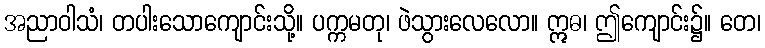
အညာဝါသံ၊ တပါးသောကျောင်းသို့။ ပက္ကမတု၊ ဖဲသွားလေလော။ ဣဓ၊ ဤကျောင်း၌။ တေ၊